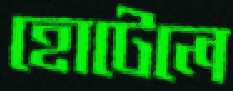
হোটেলে